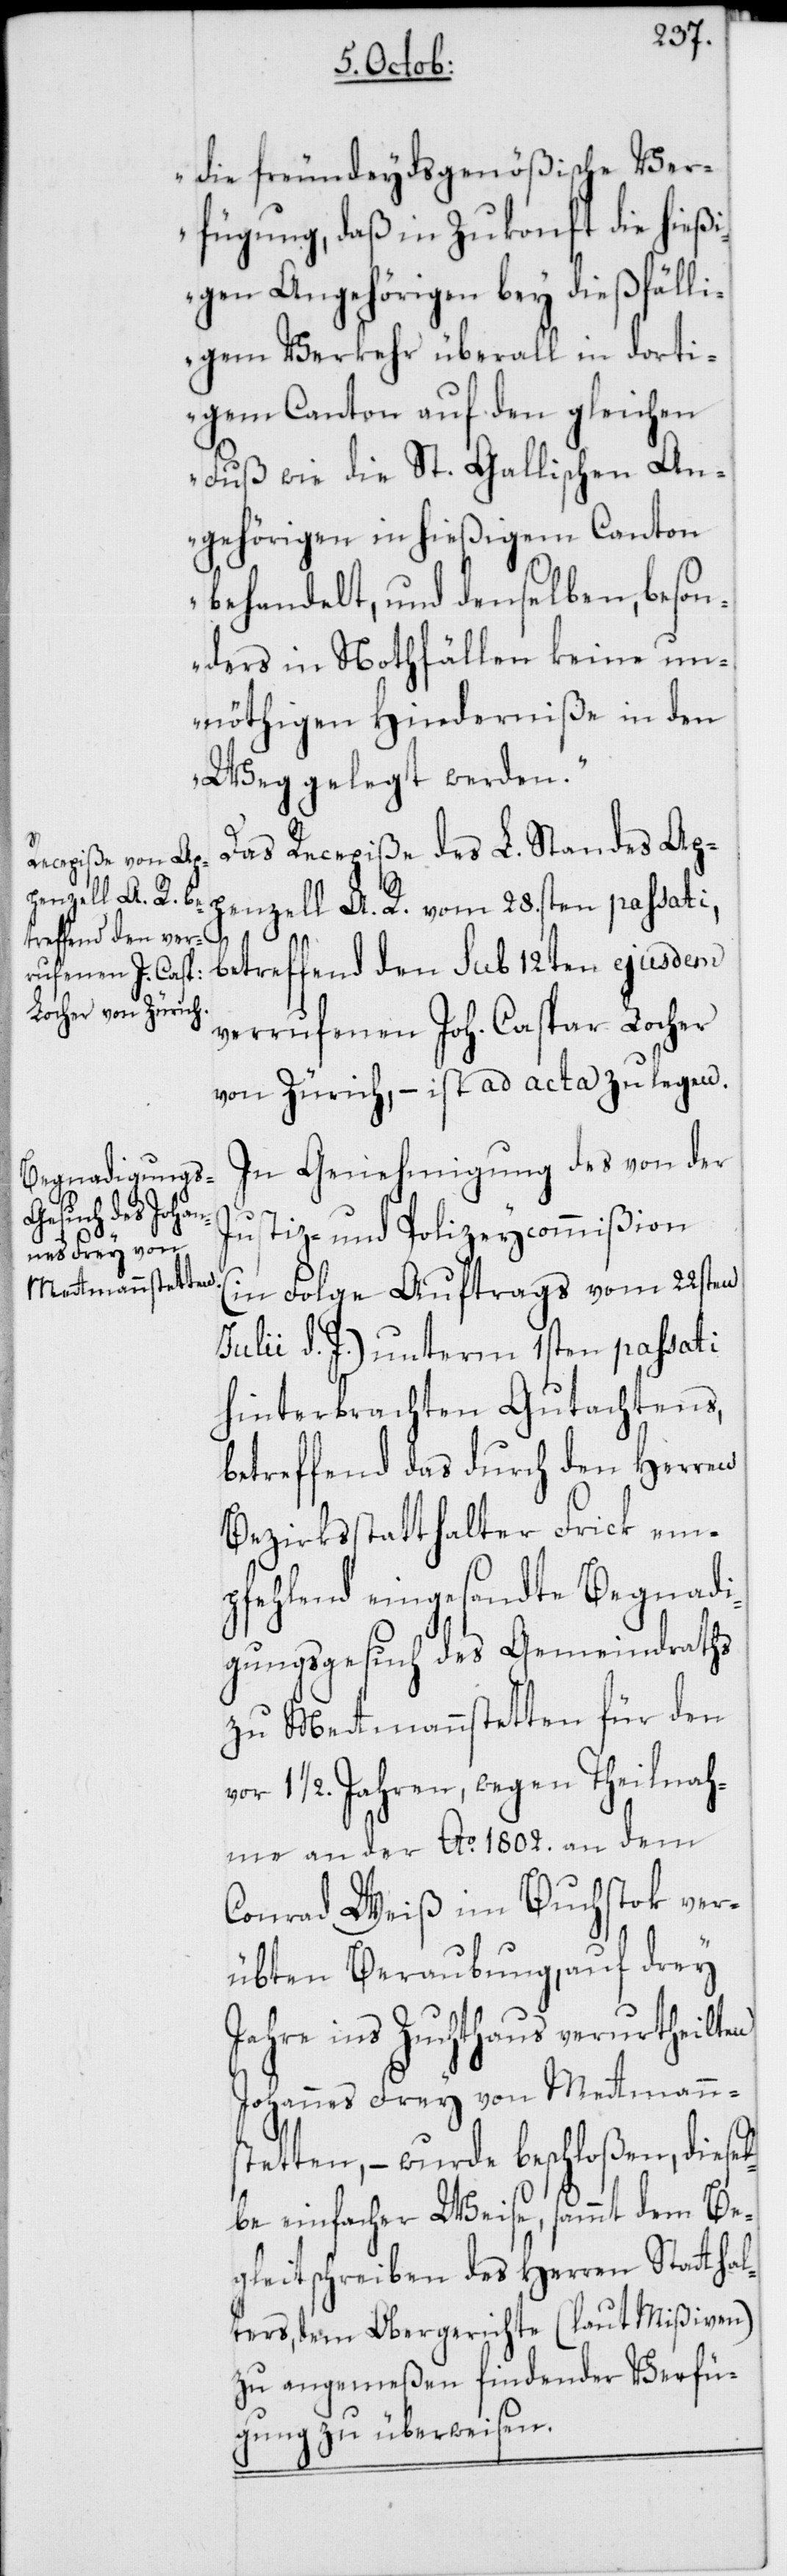
die freundeydsgenößische Ver¬
fügung, daß in Zukonft die hießi¬
gen Angehörigen bey dießfälli¬
gem Verkehr überall in dorti¬
gem Canton auf den gleichen
Fuß wie die St. Gallischen An¬
gehörigen in hießigem Canton
behandelt, und denselben, beson¬
ders in Nothfällen keine un¬
nöthigen Hinderniße in den
Weg gelegt werden.“
Das Recepiße des L. Standes Ap¬
betreffend den sub 12ten ejusdem
verrufenen Joh. Caspar Locher
von Zürich, – ist ad acta zu legen.
In Genehmigung des von der
penzell A. R.
Justiz- und Polizeycommißion
(in Folge Auftrags vom 22sten
Julii d. J.) unterm 1sten passati
hinterbrachten Gutachtens,
betreffend das durch den Herren
Bezirksstatthalter Frick emp¬
fehlend eingesandte Begnadi¬
gungsgesuch des Gemeindraths
zu Mettmannstetten für den
1 1/2. Jahren, wegen Theilnah¬
me an der Ao. 1802. an dem
Conrad Weiß im Buchstok ver¬
übten Beraubung, auf drey
Jahre ins Zuchthaus verurtheilten
Johannes Frey von Mettmann¬
stetten, – wurde beschloßen, diesel¬
be einfacher Weise, sammt dem Be¬
gleitschreiben des Herren Stattha¬
lters, dem Obergerichte (laut Mißiven)
zu angemeßen findender Verfü¬
gung zu überweisen.